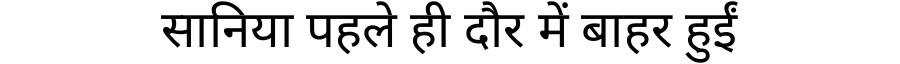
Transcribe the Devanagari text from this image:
सानिया पहले ही दौर में बाहर हुईं